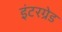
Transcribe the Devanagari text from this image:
इंटरग्रेड